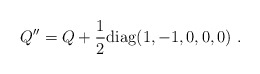
\begin{align*}Q'' = Q + {1\over 2} {\rm diag}(1,-1,0,0,0) \ . \end{align*}